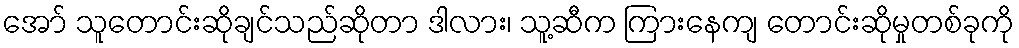
အော် သူတောင်းဆိုချင်သည်ဆိုတာ ဒါလား၊ သူ့ဆီက ကြားနေကျ တောင်းဆိုမှုတစ်ခုကို